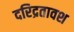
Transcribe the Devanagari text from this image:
दरिद्रतावश